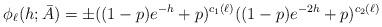
LaTeX: \begin{align*}\phi_{\ell}(h; \bar{A}) = \pm ((1 - p) e^{-h} + p)^{c_1(\ell)} ((1 - p) e^{-2h} + p)^{c_2(\ell)}\end{align*}